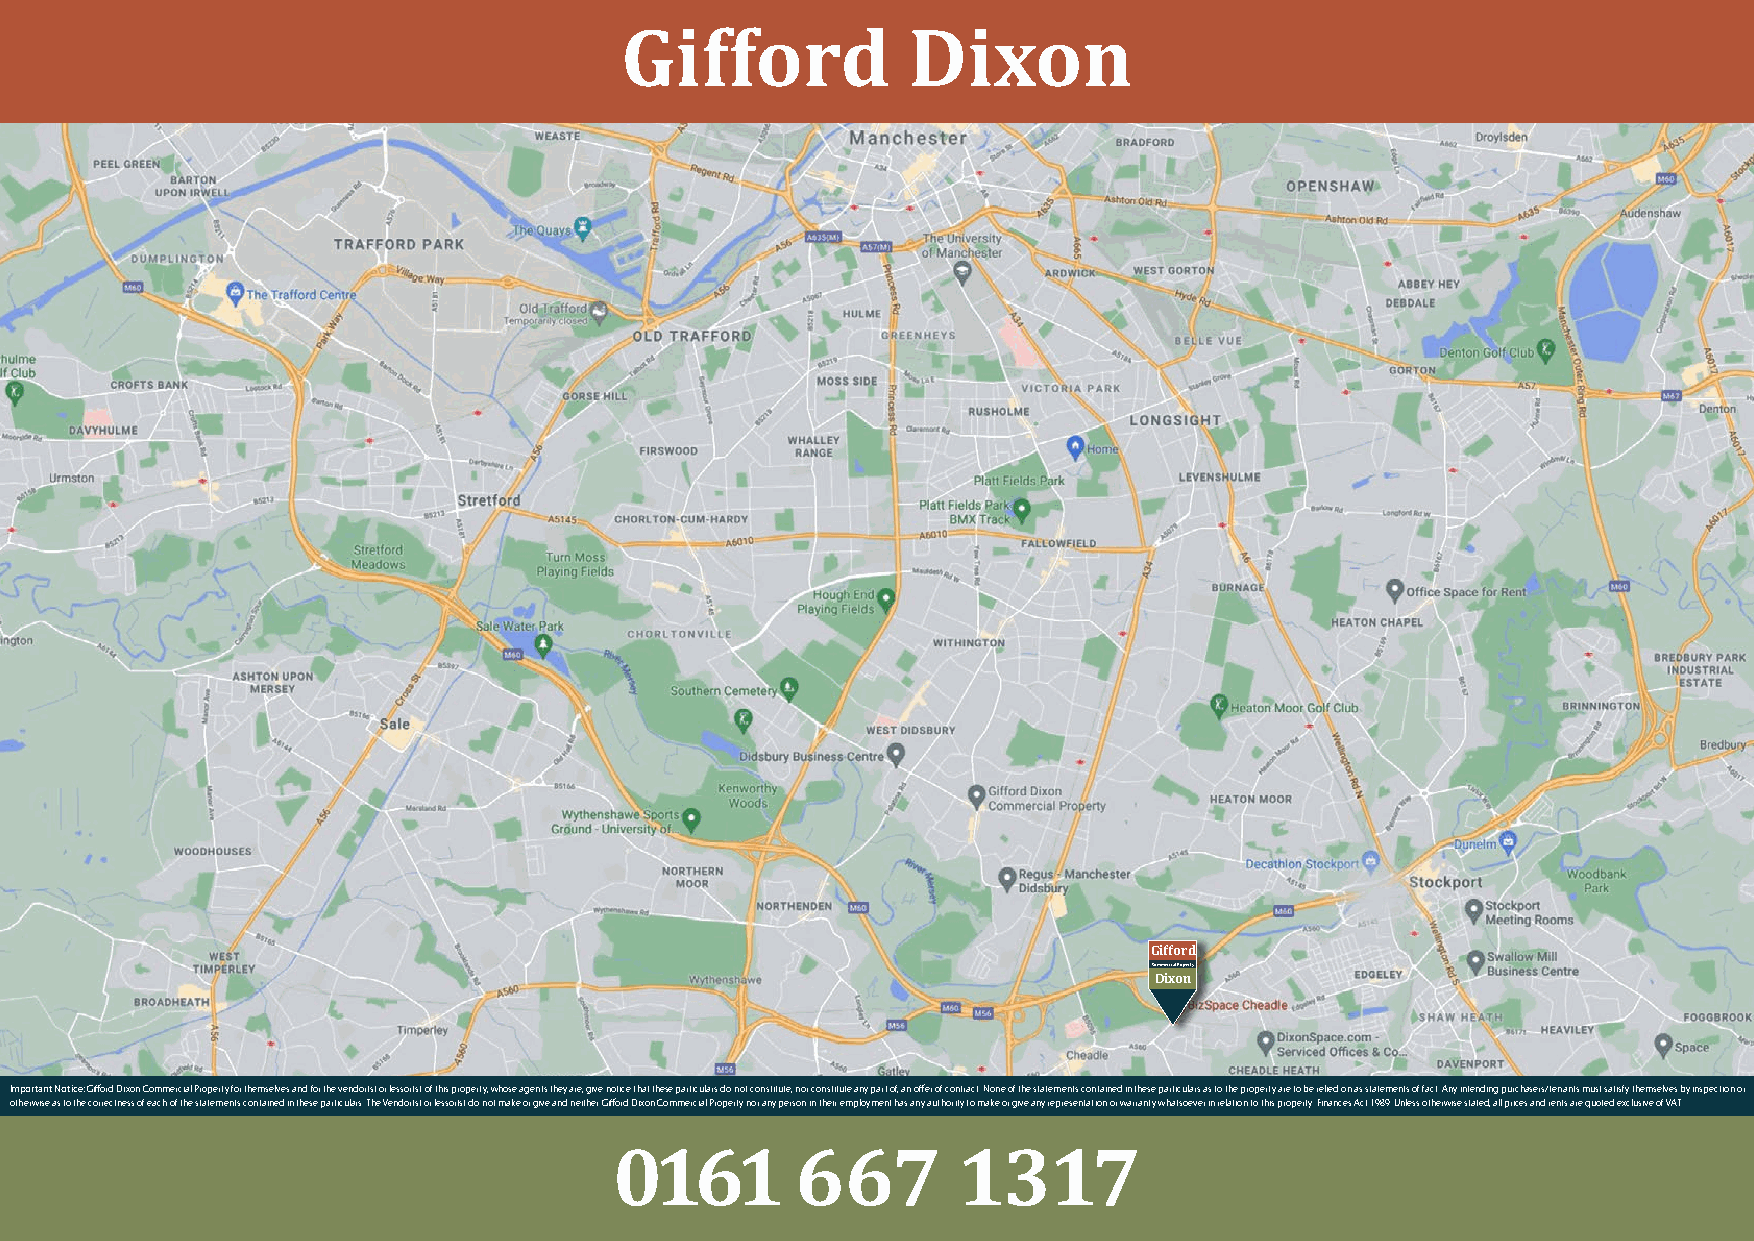
Gifford            Dixon
 W
 Gifford
 Commercial Property
 Dixon
 Important Notice: Gifford Dixon Commercial Property for themselves and for the vendor(s) or lessor(s) of this property, whose agents they are, give notice that these particulars do not constitute, nor constitute any part of, an offer of contract. None of the statements contained in these particulars as to the property are to be relied on as statements of fact. Any intending purchasers/tenants must satisfy themselves by inspection or
 otherwise as to the correctness of each of the statements contained in these particulars. The Vendor(s) or lessor(s) do not make or give and neither Gifford Dixon Commercial Property nor any person in their employment has any authority to make or give any representation or warranty whatsoever in relation to this property. Finances Act 1989. Unless otherwise stated, all prices and rents are quoted exclusive of VAT.
 0161        667       1317